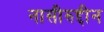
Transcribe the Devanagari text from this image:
नासीरुद्दीन